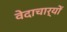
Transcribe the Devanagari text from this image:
वेदाचार्यों